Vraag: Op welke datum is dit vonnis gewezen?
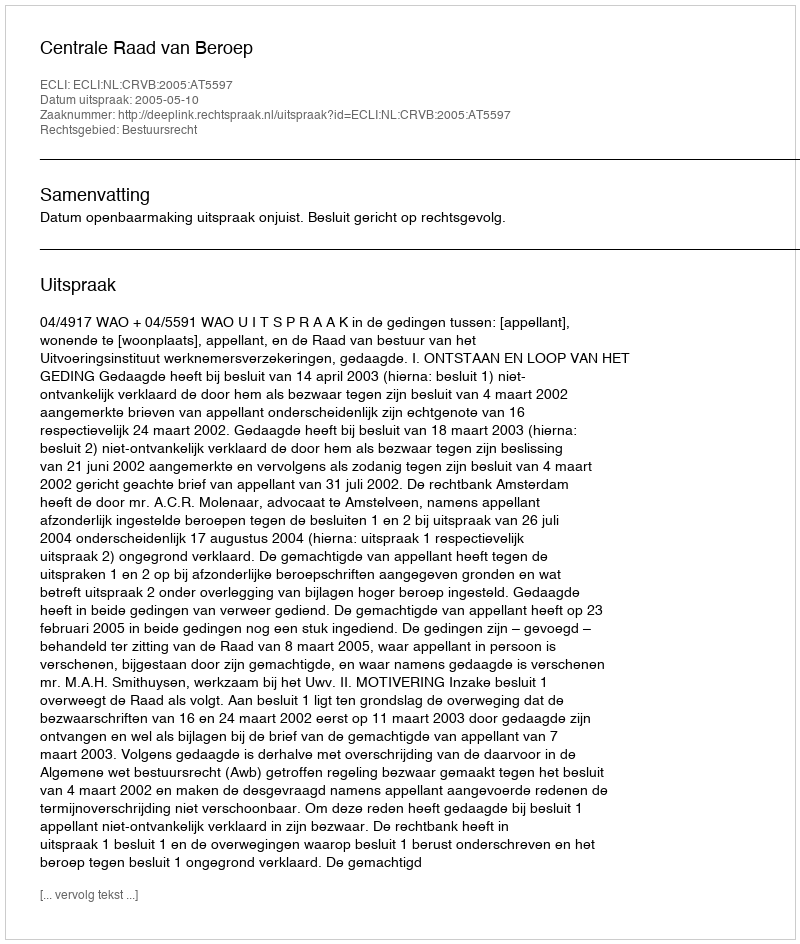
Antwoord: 2005-05-10